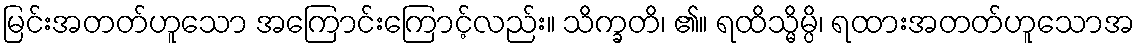
မြင်းအတတ်ဟူသော အကြောင်းကြောင့်လည်း။ သိက္ခတိ၊ ၏။ ရထိသ္မိမ္ပိ၊ ရထားအတတ်ဟူသောအ